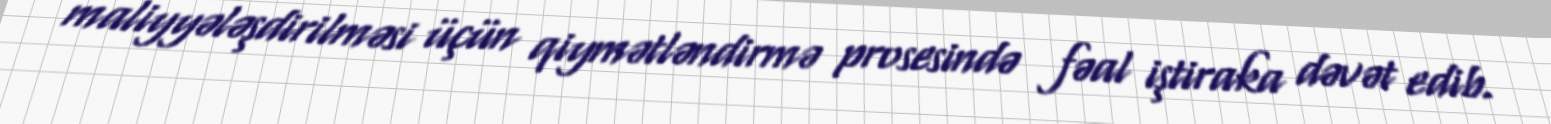
maliyyələşdirilməsi üçün qiymətləndirmə prosesində fəal iştiraka dəvət edib.